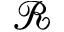
\mathcal { R }